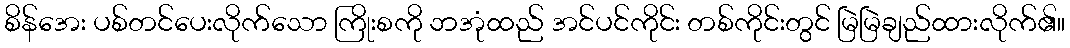
စိန်အေး ပစ်တင်ပေးလိုက်သော ကြိုးစကို ဘအုံထည် အင်ပင်ကိုင်း တစ်ကိုင်းတွင် မြဲမြဲချည်ထားလိုက်၏။